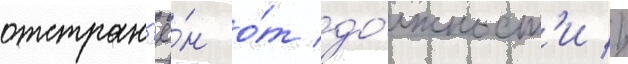
отстран'ё́н о́т до́лжност'и //